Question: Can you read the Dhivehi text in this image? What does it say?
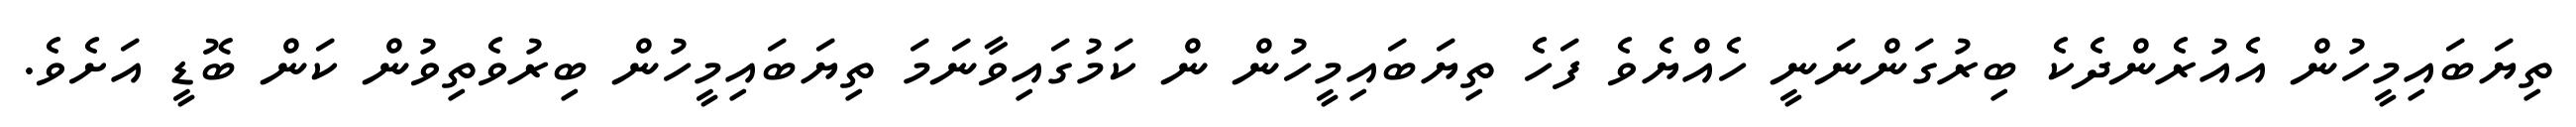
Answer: ތިޔަބައިމީހުން އެއުރެންދެކެ ބިރުގަންނަނީ ހެއްޔެވެ ފަހެ ތިޔަބައިމީހުން ން ކަމުގައިވާނަމަ ތިޔަބައިމީހުން ބިރުވެތިވުން ކަން ބޮޑީ އަށެވެ.